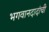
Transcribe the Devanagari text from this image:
भगवानदादांची